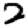
Digit: 2